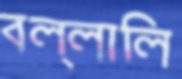
বল্লালি